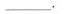
___.